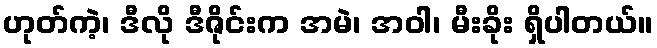
ဟုတ်ကဲ့၊ ဒီလို ဒီဇိုင်းက အမဲ၊ အဝါ၊ မီးခိုး ရှိပါတယ်။